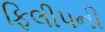
ફિલીપની